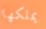
يملكها